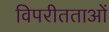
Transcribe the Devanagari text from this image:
विपरीतताओं